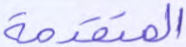
المتقدمة